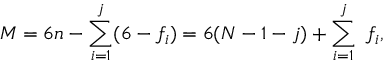
M = 6 n - \sum _ { i = 1 } ^ { j } ( 6 - f _ { i } ) = 6 ( N - 1 - j ) + \sum _ { i = 1 } ^ { j } \ f _ { i } ,